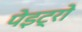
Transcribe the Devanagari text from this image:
पेइट्रो